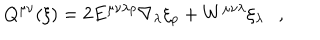
Q ^ { \mu \nu } ( \xi ) = 2 E ^ { \mu \nu \lambda \rho } \nabla _ { \lambda } \xi _ { \rho } + W ^ { \mu \nu \lambda } \xi _ { \lambda } ,